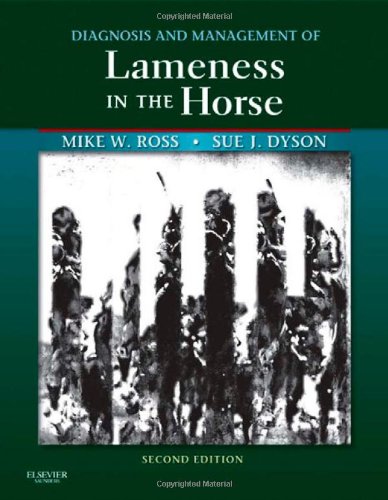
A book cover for Diagnosis and Management of Lameness in the Horse, 2e; Michael W. Ross DVM  DACVS; Medical Books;